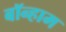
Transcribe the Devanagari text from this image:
बॉन्हाम